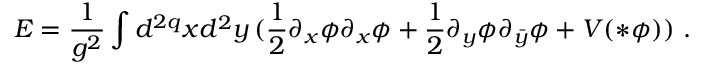
E = \frac { 1 } { g ^ { 2 } } \int d ^ { 2 q } x d ^ { 2 } y \, ( \frac { 1 } { 2 } \partial _ { x } \phi \partial _ { x } \phi + \frac { 1 } { 2 } \partial _ { y } \phi \partial _ { \bar { y } } \phi + V ( * \phi ) ) \, \, .